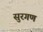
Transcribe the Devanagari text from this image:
सुरगण